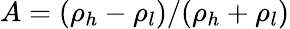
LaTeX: A=(\rho_{h}-\rho_{l})/(\rho_{h}+\rho_{l})